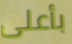
بأعلى